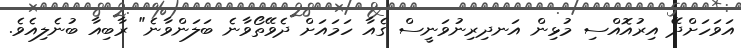
އަވަހަށްދޭ އިރުއޮއްސި މުޅިން އަނދިރިނުވަނީސް ގެއާ ހަމައަށް ދެވޭތޯވާނެ ބަލަންވާނެ" ރާބިއާ ބުނެލިއެވެ.